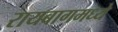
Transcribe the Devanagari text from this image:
रायबागमध्ये